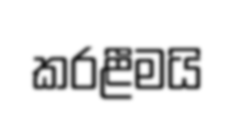
කරළීමයි